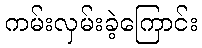
ကမ်းလှမ်းခဲ့ကြောင်း